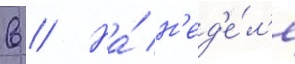
в // На́ н'ед'е́л'е